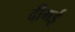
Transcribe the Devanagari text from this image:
दीगई